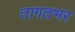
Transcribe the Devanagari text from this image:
तागतभर